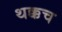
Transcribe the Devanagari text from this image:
थक्कच